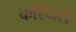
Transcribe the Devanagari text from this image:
कर्रियसे